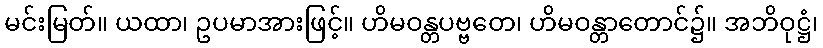
မင်းမြတ်။ ယထာ၊ ဥပမာအားဖြင့်။ ဟိမဝန္တပဗ္ဗတေ၊ ဟိမဝန္တာတောင်၌။ အဘိဝုဋ္ဌံ၊